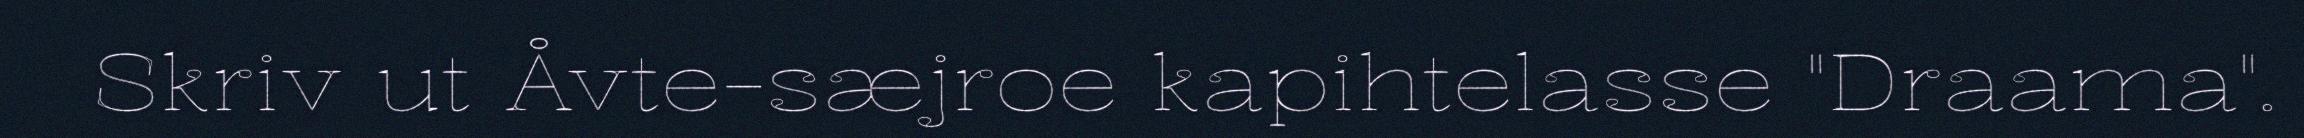
Skriv ut Åvte-sæjroe kapihtelasse "Draama".